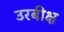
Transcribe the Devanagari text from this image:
उरबीक्ष